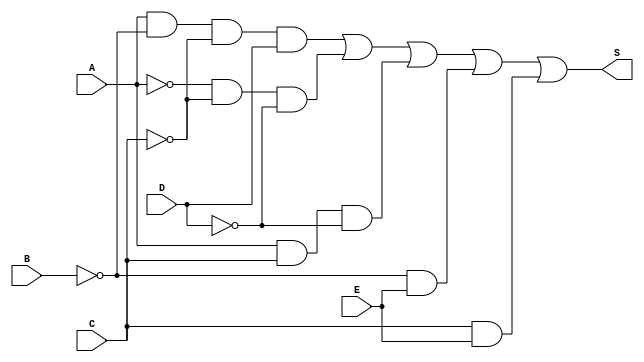
// S = AB'C'D + A'C'D' + ACD' + B'E + CE

module circuito(input A, input B, input C, input D, input E,
                output S);
    wire NOTA, NOTB, NOTC, NOTD;
    wire ANDS1, ANDS2, ANDS3, ANDS4, ANDS5;
    
    not NOT1(NOTA, A);
    not NOT2(NOTB, B);
    not NOT3(NOTC, C);
    not NOT4(NOTD, D);
    
    and AND1(ANDS1, A, NOTB, NOTC, D);
    and AND2(ANDS2, NOTA, NOTC, NOTD);
    and AND3(ANDS3, A, C, NOTD);
    and AND4(ANDS4, NOTB, E);
    and AND5(ANDS5, C, E);
    
    or OR1(S, ANDS1, ANDS2, ANDS3, ANDS4, ANDS5);
endmodule

module teste();
    reg A, B, C, D, E;
    wire S;
    
    circuito CIRC(A, B, C, D, E, S);
    
    reg [4:0] COUNTER; // contador
    
    initial begin
        $monitor("%b%b%b%b%b => %b (%d)", A, B, C, D, E, S, COUNTER);
        
        COUNTER = 0;
        while (COUNTER < 31)
            #1 COUNTER = COUNTER + 1;
    end
    always @ (COUNTER) begin
        A = COUNTER[4];
        B = COUNTER[3];
        C = COUNTER[2];
        D = COUNTER[1];
        E = COUNTER[0];
    end
endmodule